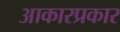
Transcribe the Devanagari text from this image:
आकारप्रकार